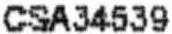
CSA34539